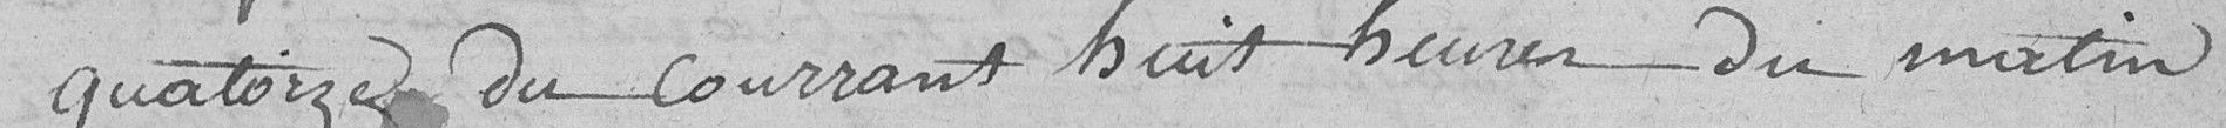
quatorze du courant huit heures du matin